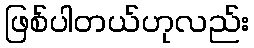
ဖြစ်ပါတယ်ဟုလည်း